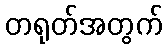
တရုတ်အတွက်